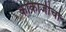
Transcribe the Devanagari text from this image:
काकाजीचा